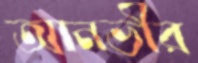
আনভীর